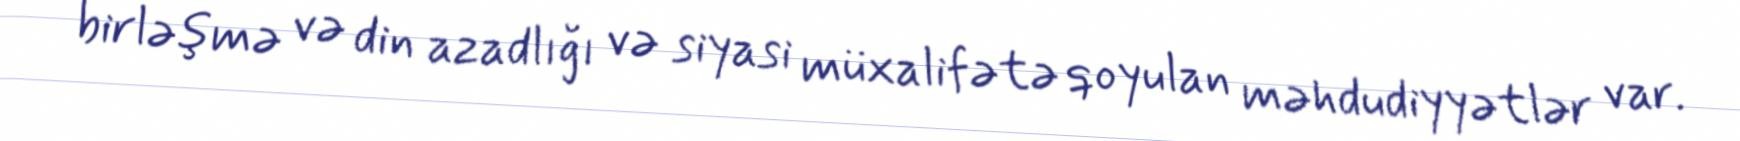
birləşmə və din azadlığı və siyasi müxalifətə qoyulan məhdudiyyətlər var.